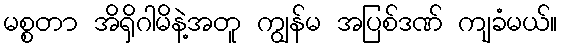
မစ္စတာ အိရှိဂါမိနဲ့အတူ ကျွန်မ အပြစ်ဒဏ် ကျခံမယ်။